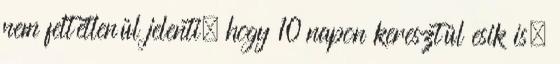
nem feltétlenül jelenti, hogy 10 napon keresztül esik is.